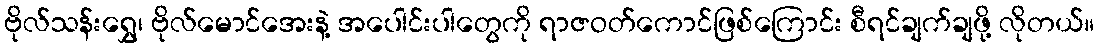
ဗိုလ်သန်းရွှေ၊ ဗိုလ်မောင်အေးနဲ့ အပေါင်းပါတွေကို ရာဇဝတ်ကောင်ဖြစ်ကြောင်း စီရင်ချက်ချဖို့ လိုတယ်။